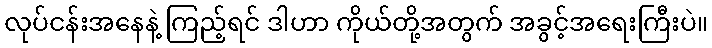
လုပ်ငန်းအနေနဲ့ ကြည့်ရင် ဒါဟာ ကိုယ်တို့အတွက် အခွင့်အရေးကြီးပဲ။